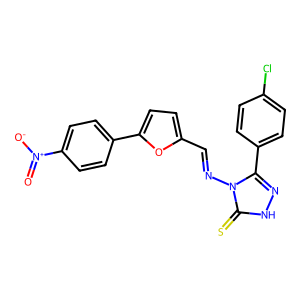
SMILES: O=[N+]([O-])c1ccc(-c2ccc(C=Nn3c(-c4ccc(Cl)cc4)n[nH]c3=S)o2)cc1
Inhibits HIV replication: No